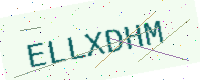
Text: ELLXDHM